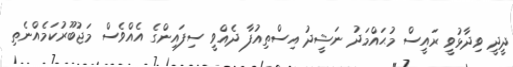
ދީދީ ވިދާޅުވީ ރައީސް މުޙައްމަދު ނަޝީދު އިސްތިއުފާ ދެއްވީ ސިފައިންގެ އެއްވެސް މަޖުބޫރުކަމެއްނެތި